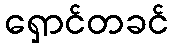
ရှောင်တခင်